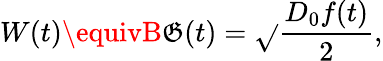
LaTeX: W(t)\equivB\mathfrak{G}(t)=\sqrt{}{{\frac{{D_{0}f(t)}}{{2}}}},